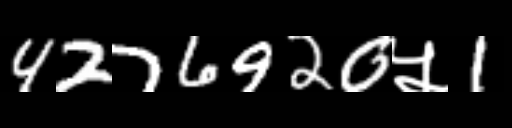
Text: 4276920५1